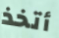
أتخذ